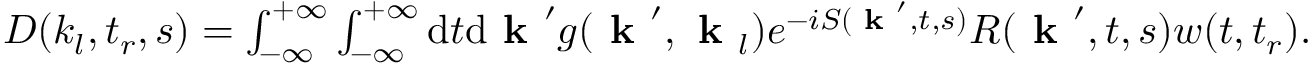
\begin{array} { r } { D ( k _ { l } , t _ { r } , s ) = \int _ { - \infty } ^ { + \infty } \int _ { - \infty } ^ { + \infty } \mathrm { d } t \mathrm { d } \textbf { k } ^ { \prime } g ( \textbf { k } ^ { \prime } , \textbf { k } _ { l } ) e ^ { - i S ( \textbf { k } ^ { \prime } , t , s ) } R ( \textbf { k } ^ { \prime } , t , s ) w ( t , t _ { r } ) . } \end{array}